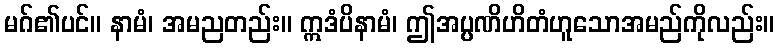
မဂ်၏ပင်။ နာမံ၊ အမညတည်း။ ဣဒံပိနာမံ၊ ဤအပ္ပဏိဟိတံဟူသောအမည်ကိုလည်း။